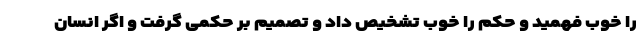
را خوب فهمید و حکم را خوب تشخیص داد و تصمیم بر حکمی گرفت و اگر انسان